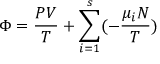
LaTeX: \Phi = { \frac { P V } { T } } + \sum _ { i = 1 } ^ { s } ( - { \frac { \mu _ { i } N } { T } } )